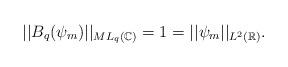
LaTeX: \begin{align*}||B_q(\psi_m)||_{ML_q(\mathbb{C})}=1=||\psi_m||_{L^2(\mathbb{R})}.\end{align*}